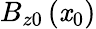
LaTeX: B_{z0}\left(\mathit{x}_{0}\right)